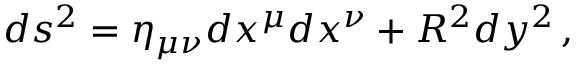
d s ^ { 2 } = \eta _ { \mu \nu } d x ^ { \mu } d x ^ { \nu } + R ^ { 2 } d y ^ { 2 } \, ,